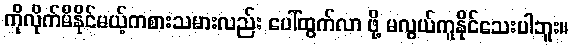
ကိုလိုက်မီနိုင်မယ့်ကစားသမားလည်း ပေါ်ထွက်လာ ဖို့ မလွယ်ကူနိုင်သေးပါဘူး။